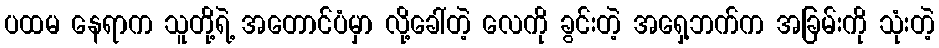
ပထမ နေရာက သူတို့ရဲ့ အတောင်ပံမှာ လို့ခေါ်တဲ့ လေကို ခွင်းတဲ့ အရှေ့ဘက်က အခြမ်းကို သုံးတဲ့